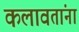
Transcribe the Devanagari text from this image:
कलावतांना